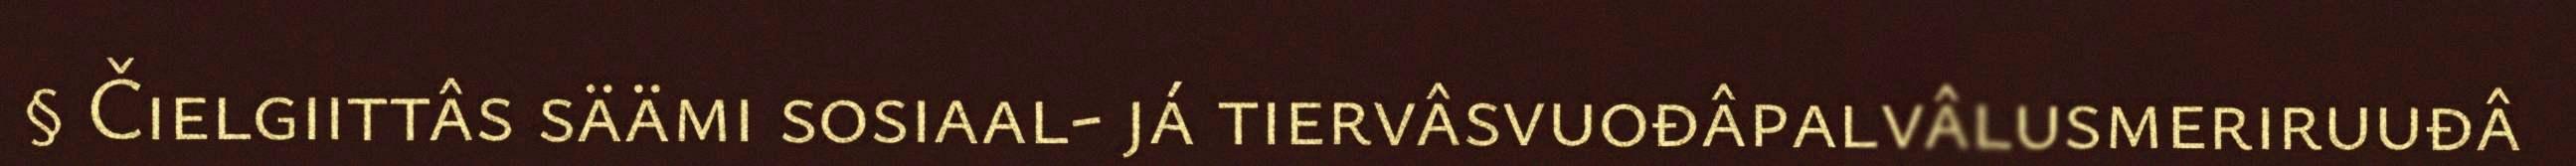
§ Čielgiittâs säämi sosiaal- já tiervâsvuođâpalvâlusmeriruuđâ